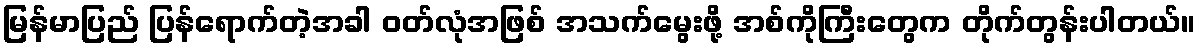
မြန်မာပြည် ပြန်ရောက်တဲ့အခါ ဝတ်လုံအဖြစ် အသက်မွေးဖို့ အစ်ကိုကြီးတွေက တိုက်တွန်းပါတယ်။